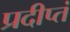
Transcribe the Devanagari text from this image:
प्रदीप्तं